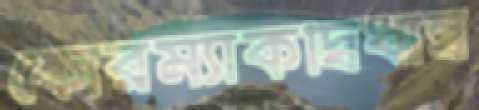
কোরম্যাকদ্বিধান্ব